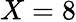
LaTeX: X=8